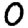
Digit: 0